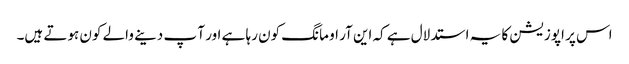
اس پر اپوزیشن کا یہ استدلال ہے کہ این آر او مانگ کون رہا ہے اور آ پ دینے والے کون ہوتے ہیں۔